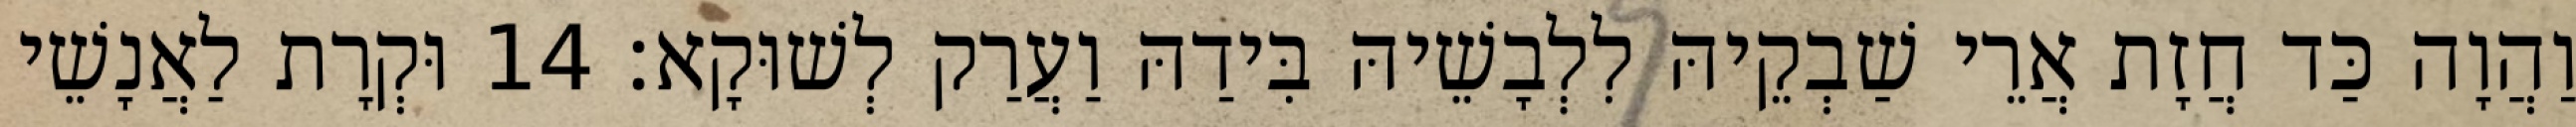
וַהֲוָה כַּד חֲזָת אֲרֵי שַׁבְקֵיהּ לִלְבָשֵׁיהּ בִּידַהּ וַעֲרַק לְשׁוּקָא׃ 14 וּקְרָת לַאֲנָשֵׁי